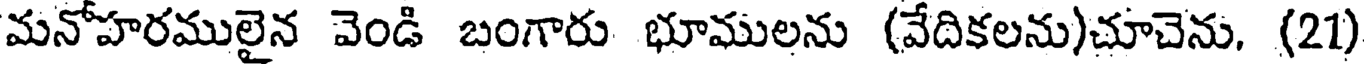
మనోహరములైన వెండి బంగారు భూములను (వేదికలను)చూచెను, (21)